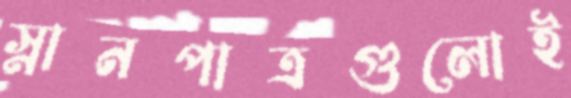
স্নানপাত্রগুলোই